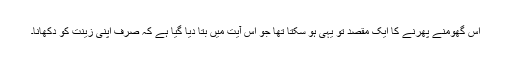
اس گھومنے پھرنے کا ایک مقصد تو یہی ہو سکتا تھا جو اس آیت میں بتا دیا گیا ہے کہ صرف اپنی زینت کو دکھانا۔